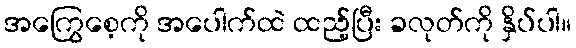
အကြွေစေ့ကို အပေါက်ထဲ ထည့်ပြီး ခလုတ်ကို နှိပ်ပါ။